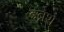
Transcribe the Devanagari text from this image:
इब्न्‌श्